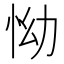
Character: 怮